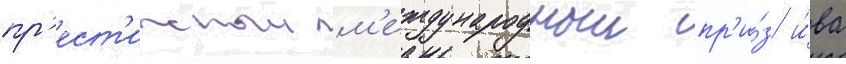
пр'ест'ижныи м'еждународныи пр'и́з и́ва